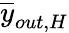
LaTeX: \overline{{y}}_{out,H}